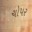
ચોપર